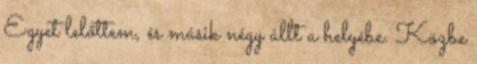
Egyet lelőttem, és másik négy állt a helyébe. Közbe